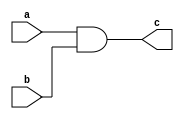
module struct_and_gate(input a,b,
                       output reg c);
        //and(c,a,b);
        //assign c = a & b;
        always@(*)
            c = a & b;

endmodule